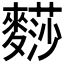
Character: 𪍬